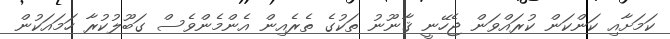
ކަމަށާއި ކަންކަން ކުރައްވަން ޖެހޭނީ ޤާނޫނު ތަކުގެ ތެރެއިން އެންމެންވެސް ގަބޫލުކުރާ ހަމައަކުން